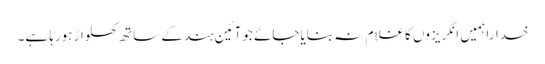
خداراہمیں انگریزوں کاغلام نہ بنایاجائے جوآئین ہندکے ساتھ کھلواڑہورہا ہے۔